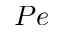
P e